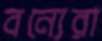
বন্যেরা